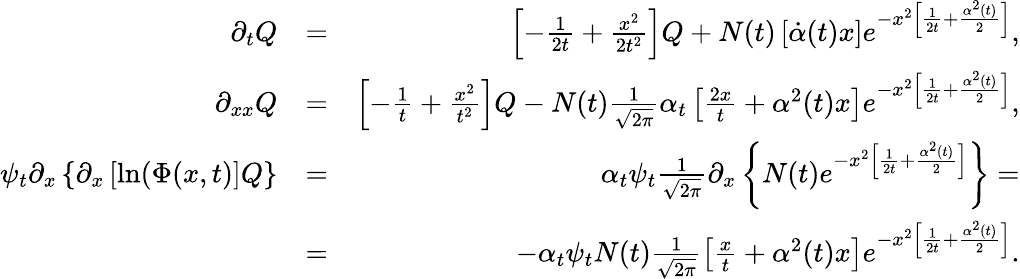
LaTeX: \begin{array}{rlr}{\partial_{t}Q}&{=}&{\left[-\frac{1}{2t}+\frac{x^{2}}{2t^{2}}\right]Q+N(t)\left[\dot{\alpha}(t)x\right]e^{-x^{2}\left[\frac{1}{2t}+\frac{\alpha^{2}(t)}{2}\right]},}\\ {\partial_{xx}Q}&{=}&{\left[-\frac{1}{t}+\frac{x^{2}}{t^{2}}\right]Q-N(t)\frac{1}{\sqrt{2\pi}}\alpha_{t}\left[\frac{2x}{t}+\alpha^{2}(t)x\right]e^{-x^{2}\left[\frac{1}{2t}+\frac{\alpha^{2}(t)}{2}\right]},}\\ {\psi_{t}\partial_{x}\left\{ \partial_{x}\left[\ln(\Phi(x,t)\right]Q\right\} }&{=}&{\alpha_{t}\psi_{t}\frac{1}{\sqrt{2\pi}}\partial_{x}\left\{ N(t)e^{-x^{2}\left[\frac{1}{2t}+\frac{\alpha^{2}(t)}{2}\right]}\right\} =}\\ &{=}&{-\alpha_{t}\psi_{t}N(t)\frac{1}{\sqrt{2\pi}}\left[\frac{x}{t}+\alpha^{2}(t)x\right]e^{-x^{2}\left[\frac{1}{2t}+\frac{\alpha^{2}(t)}{2}\right]}.}\end{array}